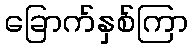
ခြောက်နှစ်ကြာ